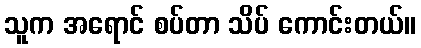
သူက အရောင် စပ်တာ သိပ် ကောင်းတယ်။